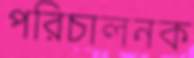
পরিচালনক